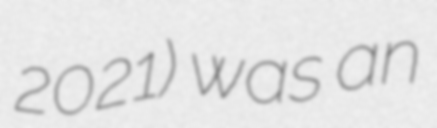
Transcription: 2021) was an